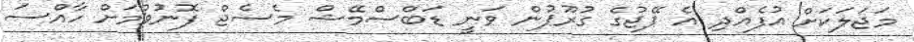
މަޖަލަކަށް އުފެއްދި އެ ޕޭޖުގެ ގުރޫޕުން ވަނީ ޑަބްސްމޭޝް މެސެޖް ފޮނުވުމަށް ހާއްސަ